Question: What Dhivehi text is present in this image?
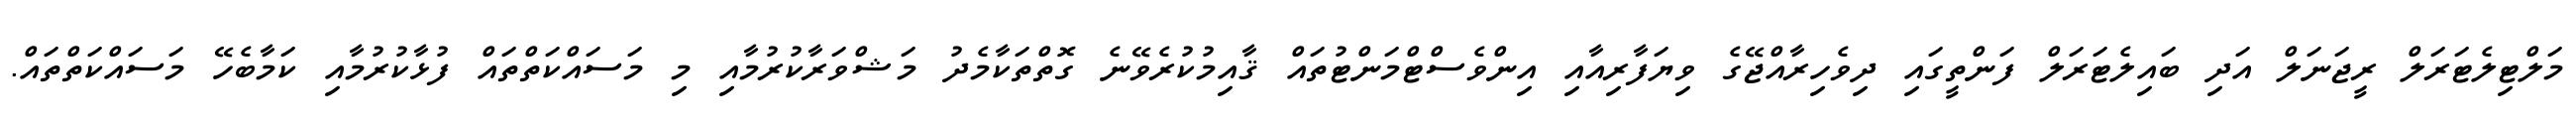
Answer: މަލްޓިލެޓަރަލް ރީޖަނަލް އަދި ބައިލެޓަރަލް ފަންތީގައި ދިވެހިރާއްޖޭގެ ވިޔަފާރިއާއި އިންވެސްޓްމަންޓުތައް ޤާއިމުކުރެވޭނެ ގޮތްތަކާމެދު މަޝްވަރާކުރުމާއި މި މަސައްކަތްތައް ފުޅާކުރުމާއި ކަމާބެހޭ މަސައްކަތްތައް.